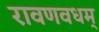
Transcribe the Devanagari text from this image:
रावणवधम्